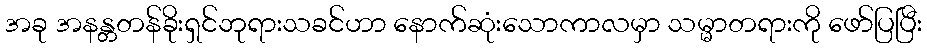
အခု အနန္တတန်ခိုးရှင်ဘုရားသခင်ဟာ နောက်ဆုံးသောကာလမှာ သမ္မာတရားကို ဖော်ပြပြီး